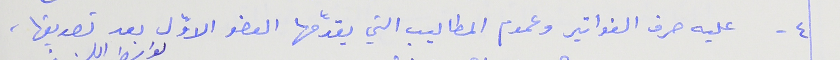
٤ - عليه صرف الفواتير وعموم المطاليب التي يقدّمها العضو الاوّل بعد تصديقها،